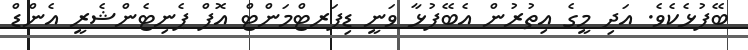
ބޭފުޅެކެވެ. އަދި މީގެ އިތުރުން އެބޭފުޅާ ވަނީ ޑިޕަރޓްމަންޓް އޮފް ޕެނިޓެންޝެރީ އެންޑް